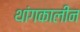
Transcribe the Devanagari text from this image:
थांगकालीन